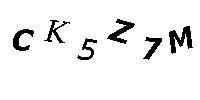
CK5Z7M